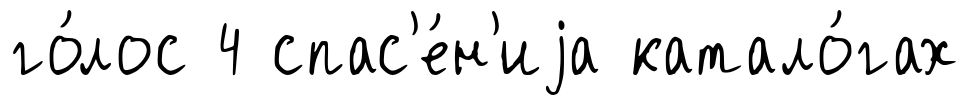
го́лос 4 спас'е́н'иjа катало́гах